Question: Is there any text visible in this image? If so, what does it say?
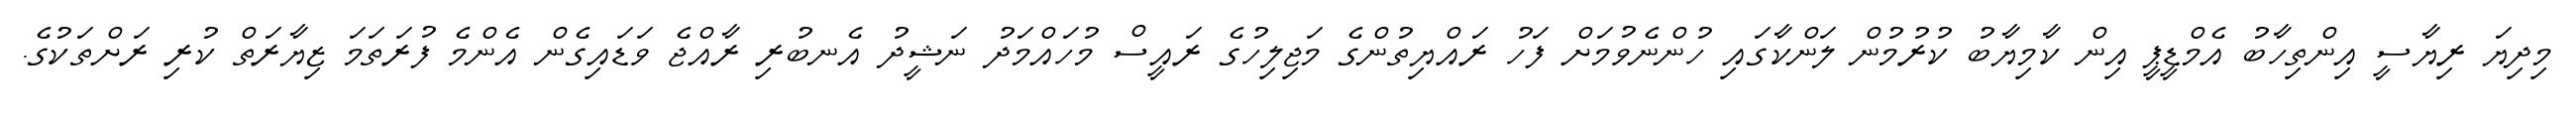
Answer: މިދިޔަ ރިޔާސީ އިންތިހާބު އެމްޑީޕީ އިން ކާމިޔާބު ކުރުމުން ލަންކާގައި ހުންނެވުމަށް ފަހު ރައްޔިތުންގެ މަޖިލިހުގެ ރައީސް މުހައްމަދު ނަޝީދު އެނބުރި ރާއްޖެ ވަޑައިގެން އެންމެ ފުރަތަމަ ޒިޔާރަތް ކުރި ރަށްތަކުގެ.